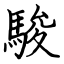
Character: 駿